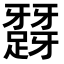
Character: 𨅪